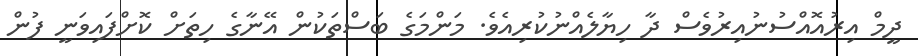
ދީމް އިރުއޮއްސުނުއިރުވެސް ދާ ހިޔާލެއްނުކުރިއެވެ. މަންމަގެ ބަސްތަކުން އޭނާގެ ހިތަށް ކޮށްފައިވަނީ ފުން